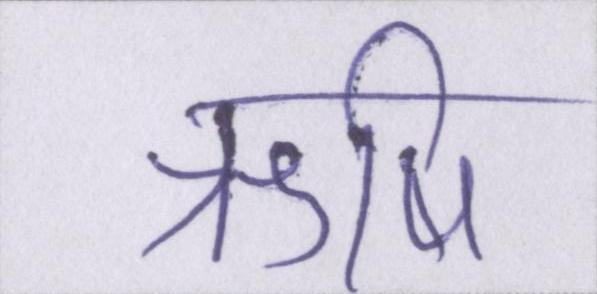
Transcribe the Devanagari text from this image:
ऋषि